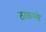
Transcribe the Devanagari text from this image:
ठाकरसे